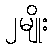
၂မျိုး